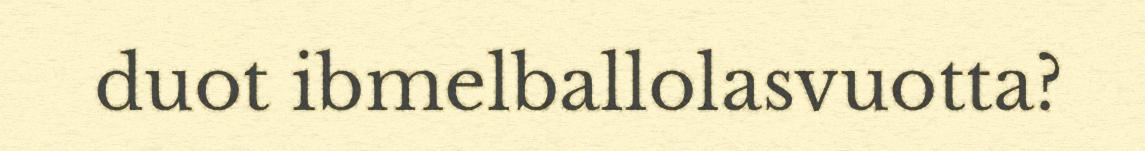
duot ibmelballolasvuotta?